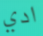
ادي